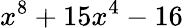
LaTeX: x^{8}+15x^{4}-16